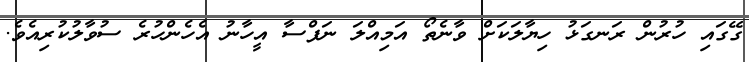
ގޭގައި ހުރުން ރަނގަޅު ހިޔާލަކަށް ވާނެތޯ އަމިއްލަ ނަފްސާ އީހާނު އެހެންހުރެ ސުވާލުކުރިއެވެ.